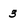
Character: 3